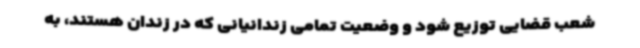
شعب قضایی توزیع شود و وضعیت تمامی زندانیانی که در زندان هستند، به